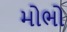
મોભો